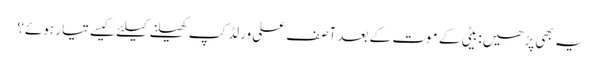
یہ بھی پڑھیں: بیٹی کے موت کے بعد آصف علی ورلڈکپ کھیلنے کیلئے کیسے تیار ہوئے؟